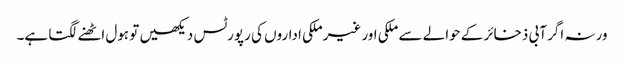
ورنہ اگر آبی ذخائر کے حوالے سے ملکی اور غیرملکی اداروں کی رپورٹس دیکھیں تو ہول اٹھنے لگتا ہے۔